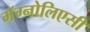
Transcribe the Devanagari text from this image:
मॅग्नोलिएसी